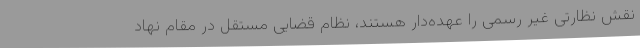
نقش نظارتی غیر رسمی را عهده‌دار هستند، نظام قضایی مستقل در مقام نهاد